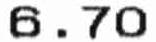
6.70